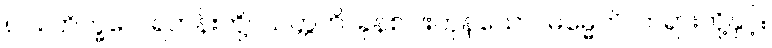
၈၂။ ဘိက္ခဝေ၊ ရဟန်းတို့။ သတ္တဟိ၊ ခုနစ်ပါးကုန်သော။ ဓမ္မေဟိ၊ တရားတို့နှင့်။